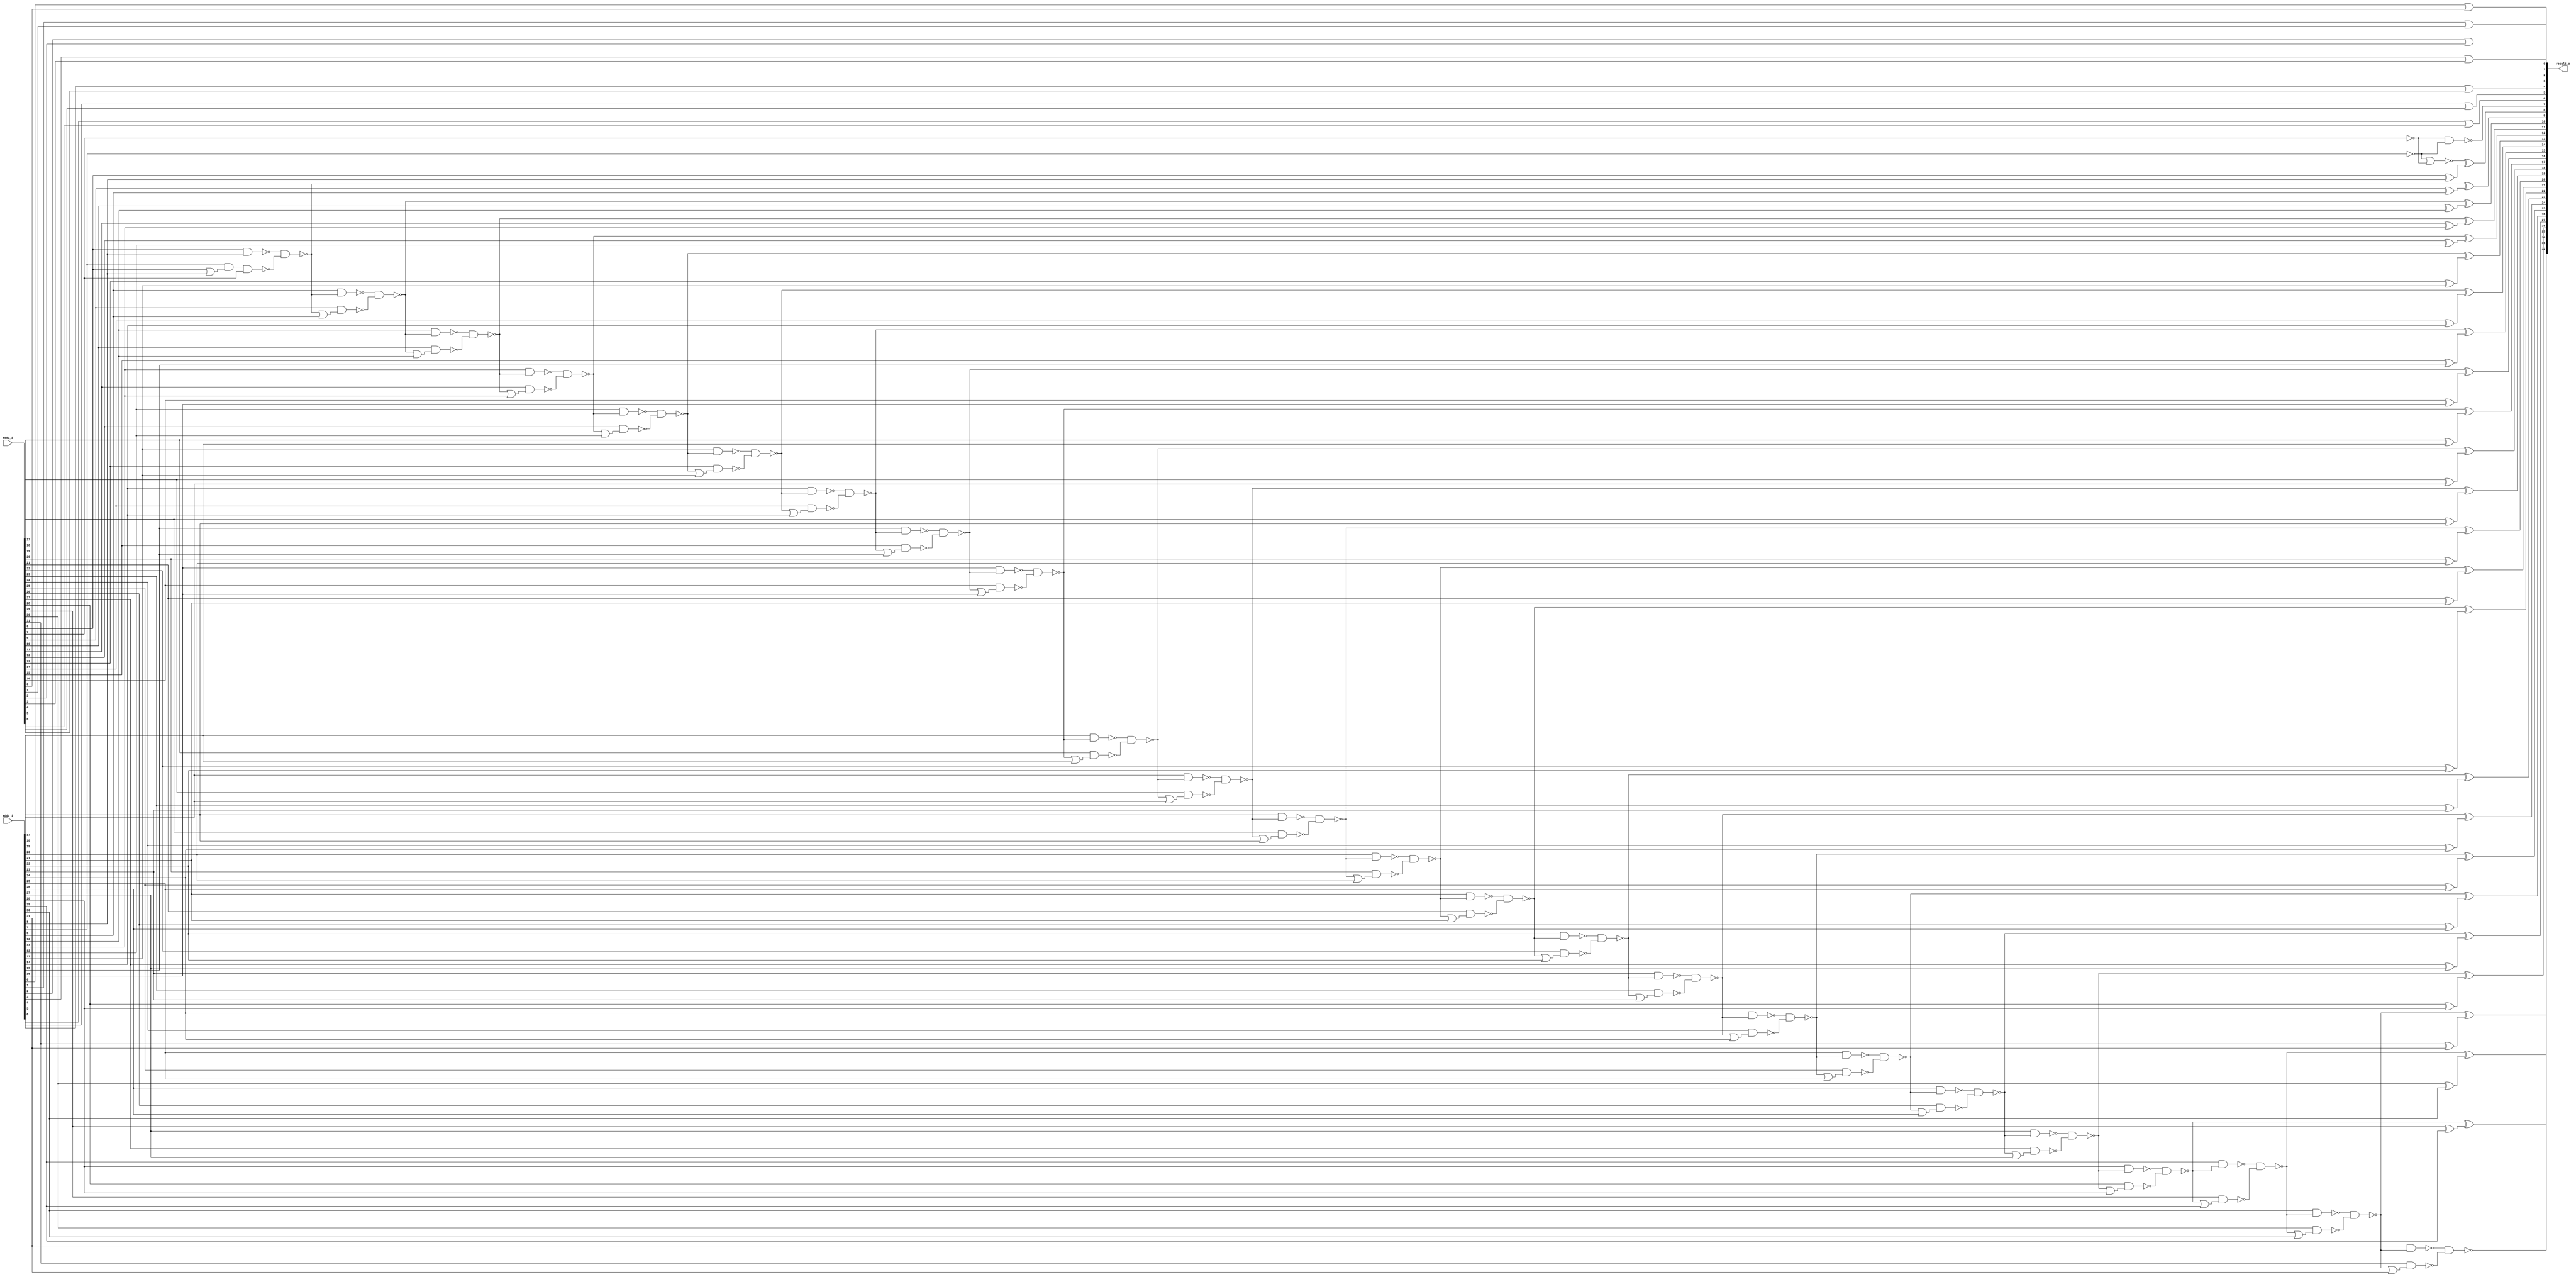
module lower_part_or_carry_lookahead_adder32 ( add1_i, add2_i, result_o );
  input [31:0] add1_i;
  input [31:0] add2_i;
  output [32:0] result_o;
  wire   n26, n27, n28, n29, n30, n31, n32, n33, n34, n35, n36, n37, n38, n39,
         n40, n41, n42, n43, n44, n45, n46, n47, n48, n49, n50, n51, n52, n53,
         n54, n55, n56, n57, n58, n59, n60, n61, n62, n63, n64, n65, n66, n67,
         n68, n69, n70, n71, n72, n73, n74, n75, n76, n77, n78, n79, n80, n81,
         n82, n83, n84, n85, n86, n87, n88, n89, n90, n91, n92, n93, n94, n95,
         n96, n97, n98, n99, n100, n101, n102, n103, n104, n105, n106, n107,
         n108, n109, n110, n111, n112, n113, n114, n115, n116, n117, n118,
         n119, n120, n121, n122, n123, n124, n125, n126, n127, n128, n129,
         n130, n131, n132, n133, n134, n135, n136, n137, n138, n139, n140,
         n141, n142, n143, n144, n145, n146, n147;

  xor U119 ( result_o[9], n28, n29);
  xor U120 ( n29, add2_i[9], add1_i[9]);
  xor U121 ( result_o[8], n30, n31);
  xor U122 ( n31, add2_i[8], add1_i[8]);
  xor U123 ( result_o[31], n35, n36);
  xor U124 ( n36, add2_i[31], add1_i[31]);
  xor U125 ( result_o[30], n40, n41);
  xor U126 ( n41, add2_i[30], add1_i[30]);
  xor U127 ( result_o[29], n45, n46);
  xor U128 ( n46, add2_i[29], add1_i[29]);
  xor U129 ( result_o[28], n50, n51);
  xor U130 ( n51, add2_i[28], add1_i[28]);
  xor U131 ( result_o[27], n55, n56);
  xor U132 ( n56, add2_i[27], add1_i[27]);
  xor U133 ( result_o[26], n60, n61);
  xor U134 ( n61, add2_i[26], add1_i[26]);
  xor U135 ( result_o[25], n65, n66);
  xor U136 ( n66, add2_i[25], add1_i[25]);
  xor U137 ( result_o[24], n70, n71);
  xor U138 ( n71, add2_i[24], add1_i[24]);
  xor U139 ( result_o[23], n75, n76);
  xor U140 ( n76, add2_i[23], add1_i[23]);
  xor U141 ( result_o[22], n80, n81);
  xor U142 ( n81, add2_i[22], add1_i[22]);
  xor U143 ( result_o[21], n85, n86);
  xor U144 ( n86, add2_i[21], add1_i[21]);
  xor U145 ( result_o[20], n90, n91);
  xor U146 ( n91, add2_i[20], add1_i[20]);
  xor U147 ( result_o[19], n95, n96);
  xor U148 ( n96, add2_i[19], add1_i[19]);
  xor U149 ( result_o[18], n100, n101);
  xor U150 ( n101, add2_i[18], add1_i[18]);
  xor U151 ( result_o[17], n105, n106);
  xor U152 ( n106, add2_i[17], add1_i[17]);
  xor U153 ( result_o[16], n110, n111);
  xor U154 ( n111, add2_i[16], add1_i[16]);
  xor U155 ( result_o[15], n115, n116);
  xor U156 ( n116, add2_i[15], add1_i[15]);
  xor U157 ( result_o[14], n120, n121);
  xor U158 ( n121, add2_i[14], add1_i[14]);
  xor U159 ( result_o[13], n125, n126);
  xor U160 ( n126, add2_i[13], add1_i[13]);
  xor U161 ( result_o[12], n130, n131);
  xor U162 ( n131, add2_i[12], add1_i[12]);
  xor U163 ( result_o[11], n135, n136);
  xor U164 ( n136, add2_i[11], add1_i[11]);
  xor U165 ( result_o[10], n140, n141);
  xor U166 ( n141, add2_i[10], add1_i[10]);
  nand U167 ( result_o[7], n27, n26);
  nand U168 ( n28, n145, n146);
  nand U169 ( n145, add2_i[8], add1_i[8]);
  nand U170 ( n146, add1_i[7], n147, add2_i[7]);
  or U171 ( n147, add2_i[8], add1_i[8]);
  nand U172 ( n140, n142, n143);
  nand U173 ( n142, add1_i[9], n28);
  nand U174 ( n143, add2_i[9], n144);
  or U175 ( n144, n28, add1_i[9]);
  nand U176 ( n135, n137, n138);
  nand U177 ( n137, add1_i[10], n140);
  nand U178 ( n138, add2_i[10], n139);
  or U179 ( n139, n140, add1_i[10]);
  nand U180 ( n130, n132, n133);
  nand U181 ( n132, add1_i[11], n135);
  nand U182 ( n133, add2_i[11], n134);
  or U183 ( n134, n135, add1_i[11]);
  nand U184 ( n125, n127, n128);
  nand U185 ( n127, add1_i[12], n130);
  nand U186 ( n128, add2_i[12], n129);
  or U187 ( n129, n130, add1_i[12]);
  nand U188 ( n120, n122, n123);
  nand U189 ( n122, add1_i[13], n125);
  nand U190 ( n123, add2_i[13], n124);
  or U191 ( n124, n125, add1_i[13]);
  nand U192 ( n115, n117, n118);
  nand U193 ( n117, add1_i[14], n120);
  nand U194 ( n118, add2_i[14], n119);
  or U195 ( n119, n120, add1_i[14]);
  nand U196 ( n110, n112, n113);
  nand U197 ( n112, add1_i[15], n115);
  nand U198 ( n113, add2_i[15], n114);
  or U199 ( n114, n115, add1_i[15]);
  nand U200 ( n105, n107, n108);
  nand U201 ( n107, add1_i[16], n110);
  nand U202 ( n108, add2_i[16], n109);
  or U203 ( n109, n110, add1_i[16]);
  nand U204 ( n100, n102, n103);
  nand U205 ( n102, add1_i[17], n105);
  nand U206 ( n103, add2_i[17], n104);
  or U207 ( n104, n105, add1_i[17]);
  nand U208 ( n95, n97, n98);
  nand U209 ( n97, add1_i[18], n100);
  nand U210 ( n98, add2_i[18], n99);
  or U211 ( n99, n100, add1_i[18]);
  nand U212 ( n90, n92, n93);
  nand U213 ( n92, add1_i[19], n95);
  nand U214 ( n93, add2_i[19], n94);
  or U215 ( n94, n95, add1_i[19]);
  nand U216 ( n85, n87, n88);
  nand U217 ( n87, add1_i[20], n90);
  nand U218 ( n88, add2_i[20], n89);
  or U219 ( n89, n90, add1_i[20]);
  nand U220 ( n80, n82, n83);
  nand U221 ( n82, add1_i[21], n85);
  nand U222 ( n83, add2_i[21], n84);
  or U223 ( n84, n85, add1_i[21]);
  nand U224 ( n75, n77, n78);
  nand U225 ( n77, add1_i[22], n80);
  nand U226 ( n78, add2_i[22], n79);
  or U227 ( n79, n80, add1_i[22]);
  nand U228 ( n70, n72, n73);
  nand U229 ( n72, add1_i[23], n75);
  nand U230 ( n73, add2_i[23], n74);
  or U231 ( n74, n75, add1_i[23]);
  nand U232 ( n65, n67, n68);
  nand U233 ( n67, add1_i[24], n70);
  nand U234 ( n68, add2_i[24], n69);
  or U235 ( n69, n70, add1_i[24]);
  nand U236 ( n60, n62, n63);
  nand U237 ( n62, add1_i[25], n65);
  nand U238 ( n63, add2_i[25], n64);
  or U239 ( n64, n65, add1_i[25]);
  nand U240 ( n55, n57, n58);
  nand U241 ( n57, add1_i[26], n60);
  nand U242 ( n58, add2_i[26], n59);
  or U243 ( n59, n60, add1_i[26]);
  nand U244 ( n50, n52, n53);
  nand U245 ( n52, add1_i[27], n55);
  nand U246 ( n53, add2_i[27], n54);
  or U247 ( n54, n55, add1_i[27]);
  nand U248 ( n45, n47, n48);
  nand U249 ( n47, add1_i[28], n50);
  nand U250 ( n48, add2_i[28], n49);
  or U251 ( n49, n50, add1_i[28]);
  nand U252 ( n40, n42, n43);
  nand U253 ( n42, add1_i[29], n45);
  nand U254 ( n43, add2_i[29], n44);
  or U255 ( n44, n45, add1_i[29]);
  nand U256 ( n35, n37, n38);
  nand U257 ( n37, add1_i[30], n40);
  nand U258 ( n38, add2_i[30], n39);
  or U259 ( n39, n40, add1_i[30]);
  nand U260 ( result_o[32], n32, n33);
  nand U261 ( n32, add1_i[31], n35);
  nand U262 ( n33, add2_i[31], n34);
  or U263 ( n34, n35, add1_i[31]);
  nor U264 ( n30, n26, n27);
  not U265 ( n26, add1_i[7]);
  not U266 ( n27, add2_i[7]);
  or U267 ( result_o[0], add1_i[0], add2_i[0]);
  or U268 ( result_o[1], add1_i[1], add2_i[1]);
  or U269 ( result_o[2], add1_i[2], add2_i[2]);
  or U270 ( result_o[3], add1_i[3], add2_i[3]);
  or U271 ( result_o[4], add1_i[4], add2_i[4]);
  or U272 ( result_o[5], add1_i[5], add2_i[5]);
  or U273 ( result_o[6], add1_i[6], add2_i[6]);
endmodule